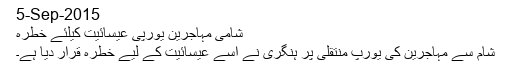
5-Sep-2015
شامی مہاجرین یورپی عیسائیت کیلئے خطرہ
شام سے مہاجرین کی یورپ منتقلی پر ہنگری نے اسے عیسائیت کے لیے خطرہ قرار دیا ہے۔